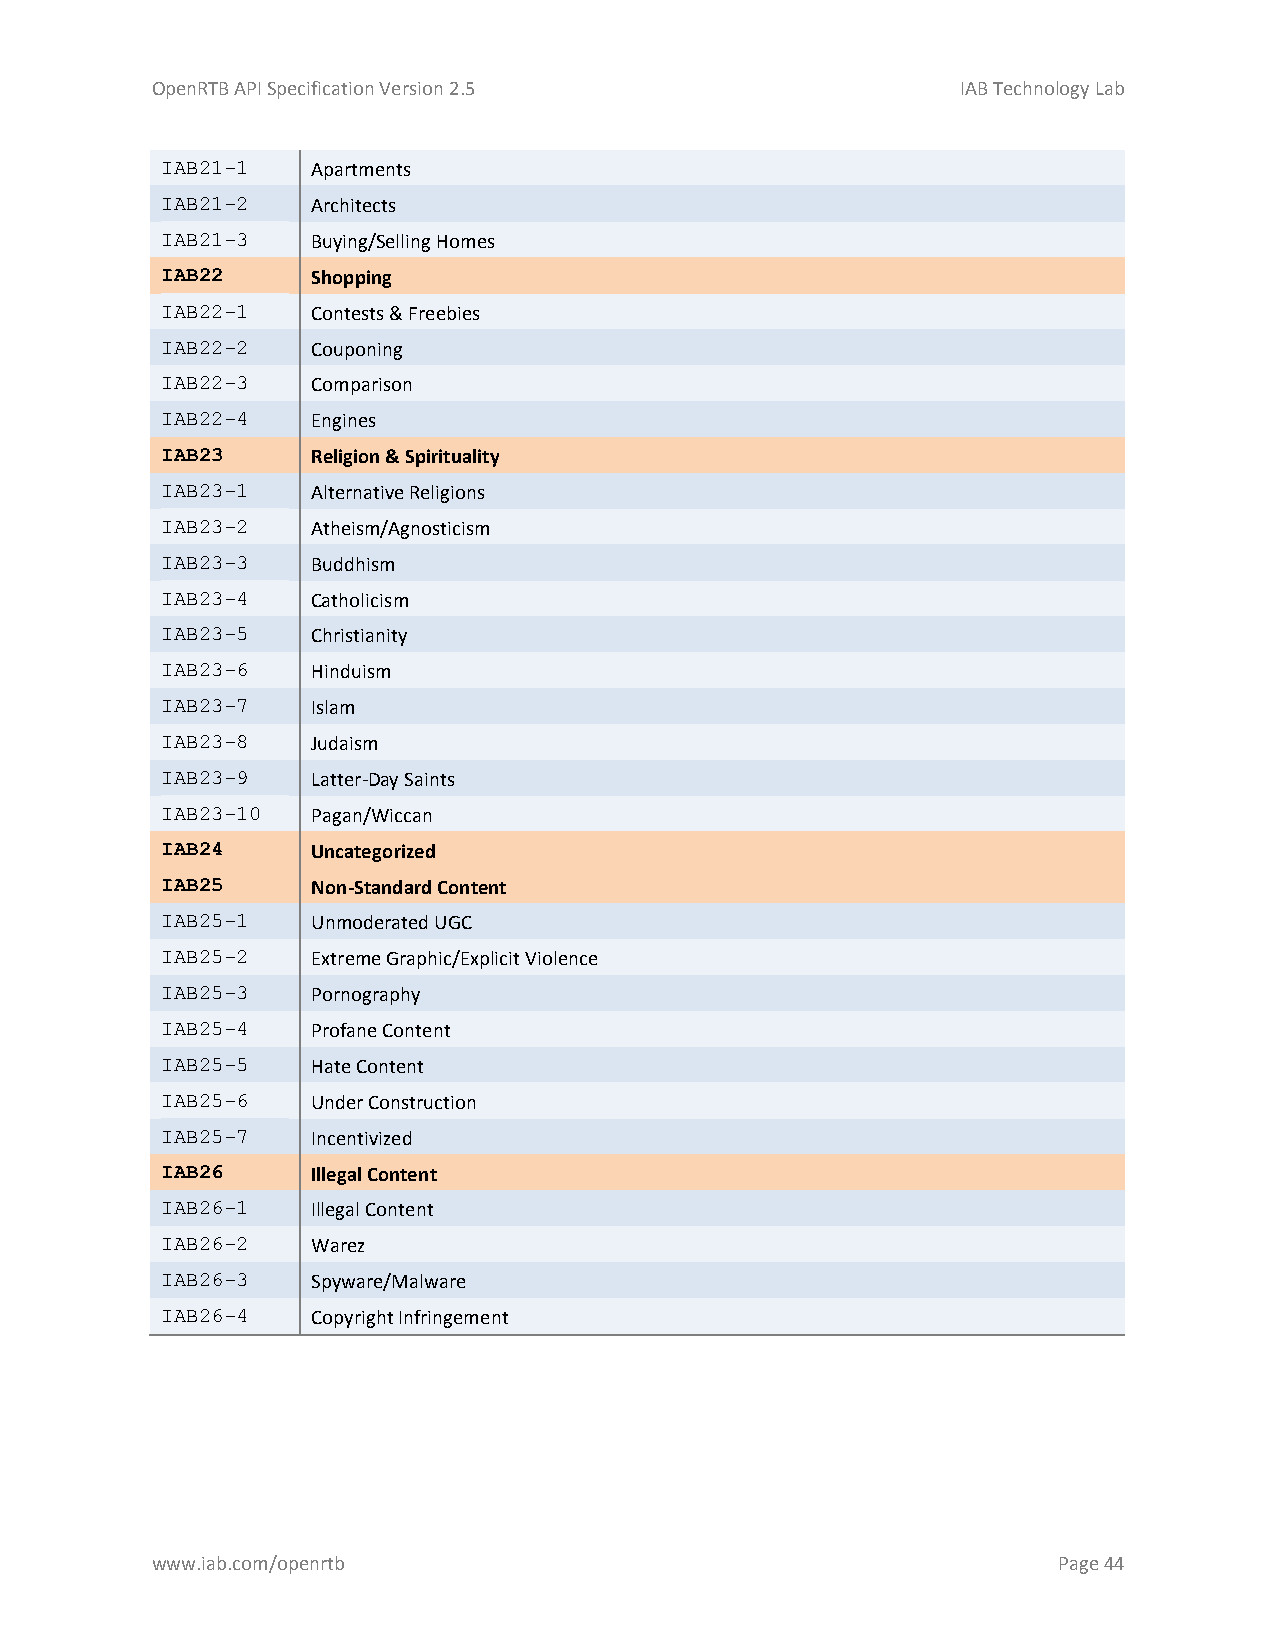
OpenRTB API Specification Version 2.5                 IAB Technology Lab
 IAB21-1   Apartments
 IAB21-2   Architects
 IAB21-3   Buying/Selling Homes
 IAB22     Shopping
 IAB22-1   Contests & Freebies
 IAB22-2   Couponing
 IAB22-3   Comparison
 IAB22-4   Engines
 IAB23     Religion & Spirituality
 IAB23-1   Alternative Religions
 IAB23-2   Atheism/Agnosticism
 IAB23-3   Buddhism
 IAB23-4   Catholicism
 IAB23-5   Christianity
 IAB23-6   Hinduism
 IAB23-7   Islam
 IAB23-8   Judaism
 IAB23-9   Latter-Day Saints
 IAB23-10  Pagan/Wiccan
 IAB24     Uncategorized
 IAB25     Non-Standard Content
 IAB25-1   Unmoderated UGC
 IAB25-2   Extreme Graphic/Explicit Violence
 IAB25-3   Pornography
 IAB25-4   Profane Content
 IAB25-5   Hate Content
 IAB25-6   Under Construction
 IAB25-7   Incentivized
 IAB26     Illegal Content
 IAB26-1   Illegal Content
 IAB26-2   Warez
 IAB26-3   Spyware/Malware
 IAB26-4   Copyright Infringement
 www.iab.com/openrtb                                         Page 44